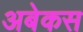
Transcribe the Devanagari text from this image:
अबेकस